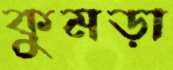
কুমড়া